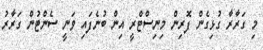
މި ގަރާރާ ގުޅިގެން ފޮރިން މިނިސްޓްރީ އިން ބުނެފައި ވަނީ ސެންޓުން ގަރާރު